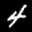
Label: 4